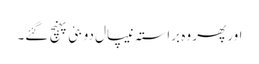
اور پھر وہ براستہ نیپال دوبئی پہنچ گئے۔